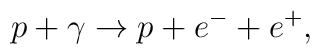
p + \gamma \rightarrow p + e^{-} + e^{+},